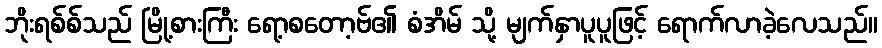
ဘိုးရစ်စ်သည် မြို့စားကြီး ရော့စတော့ဗ်၏ စံအိမ် သို့ မျက်နှာပူပူဖြင့် ရောက်လာခဲ့လေသည်။